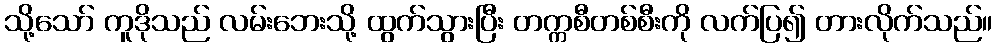
သို့သော် ကူဒိုသည် လမ်းဘေးသို့ ထွက်သွားပြီး တက္ကစီတစ်စီးကို လက်ပြ၍ တားလိုက်သည်။